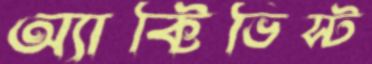
অ্যাক্টিভিস্ট